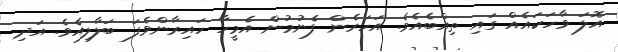
އޮލަ ވާހަކައެއް ގައި ތިއްބެއެވެ. އަހަރެން ފެނުމުން އެމީހާ ހައިރާންވެފަ ބަލާލިއެވެ. އަދި